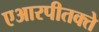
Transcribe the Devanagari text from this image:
एआरपीतक्ते